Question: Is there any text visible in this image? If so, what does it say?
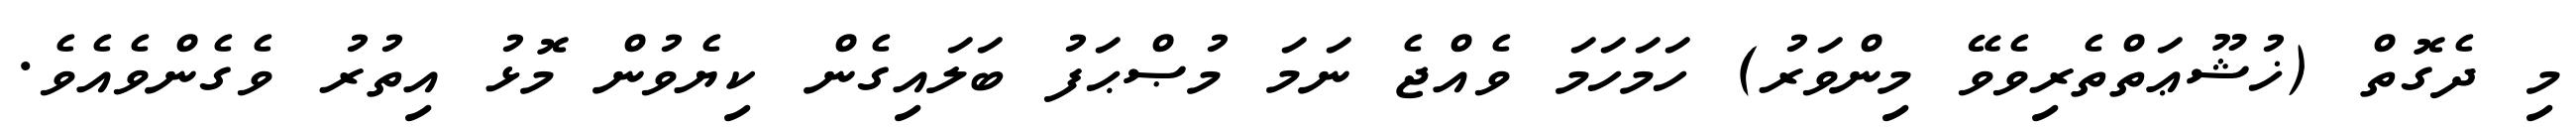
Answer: މި ދެގޮތް (ޚުޝޫޢަތްތެރިވެވޭ މިންވަރު) ހަމަހަމަ ވެއްޖެ ނަމަ މުޞްޙަފު ބަލައިގެން ކިޔެވުން މޮޅު އިތުރު ވެގެންވެއެވެ.